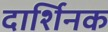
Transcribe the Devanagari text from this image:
दार्शिनक